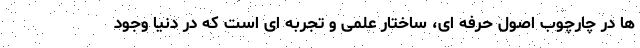
ها در چارچوب اصول حرفه ای، ساختار علمی و تجربه ای است که در دنیا وجود